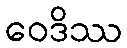
ဝေဒိဿ